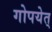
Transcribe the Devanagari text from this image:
गोपयेत्